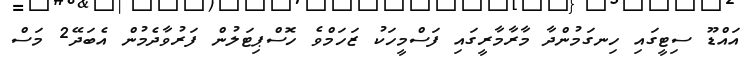
އައްޑޫ ސިޓީގައި ހިނގަމުންދާ މާރާމާރީގައި ފަސްމީހަކު ޒަހަމްވެ ހޮސްޕިޓަލުން ފަރުވާދެމުން އެބަދޭ2 މަސް